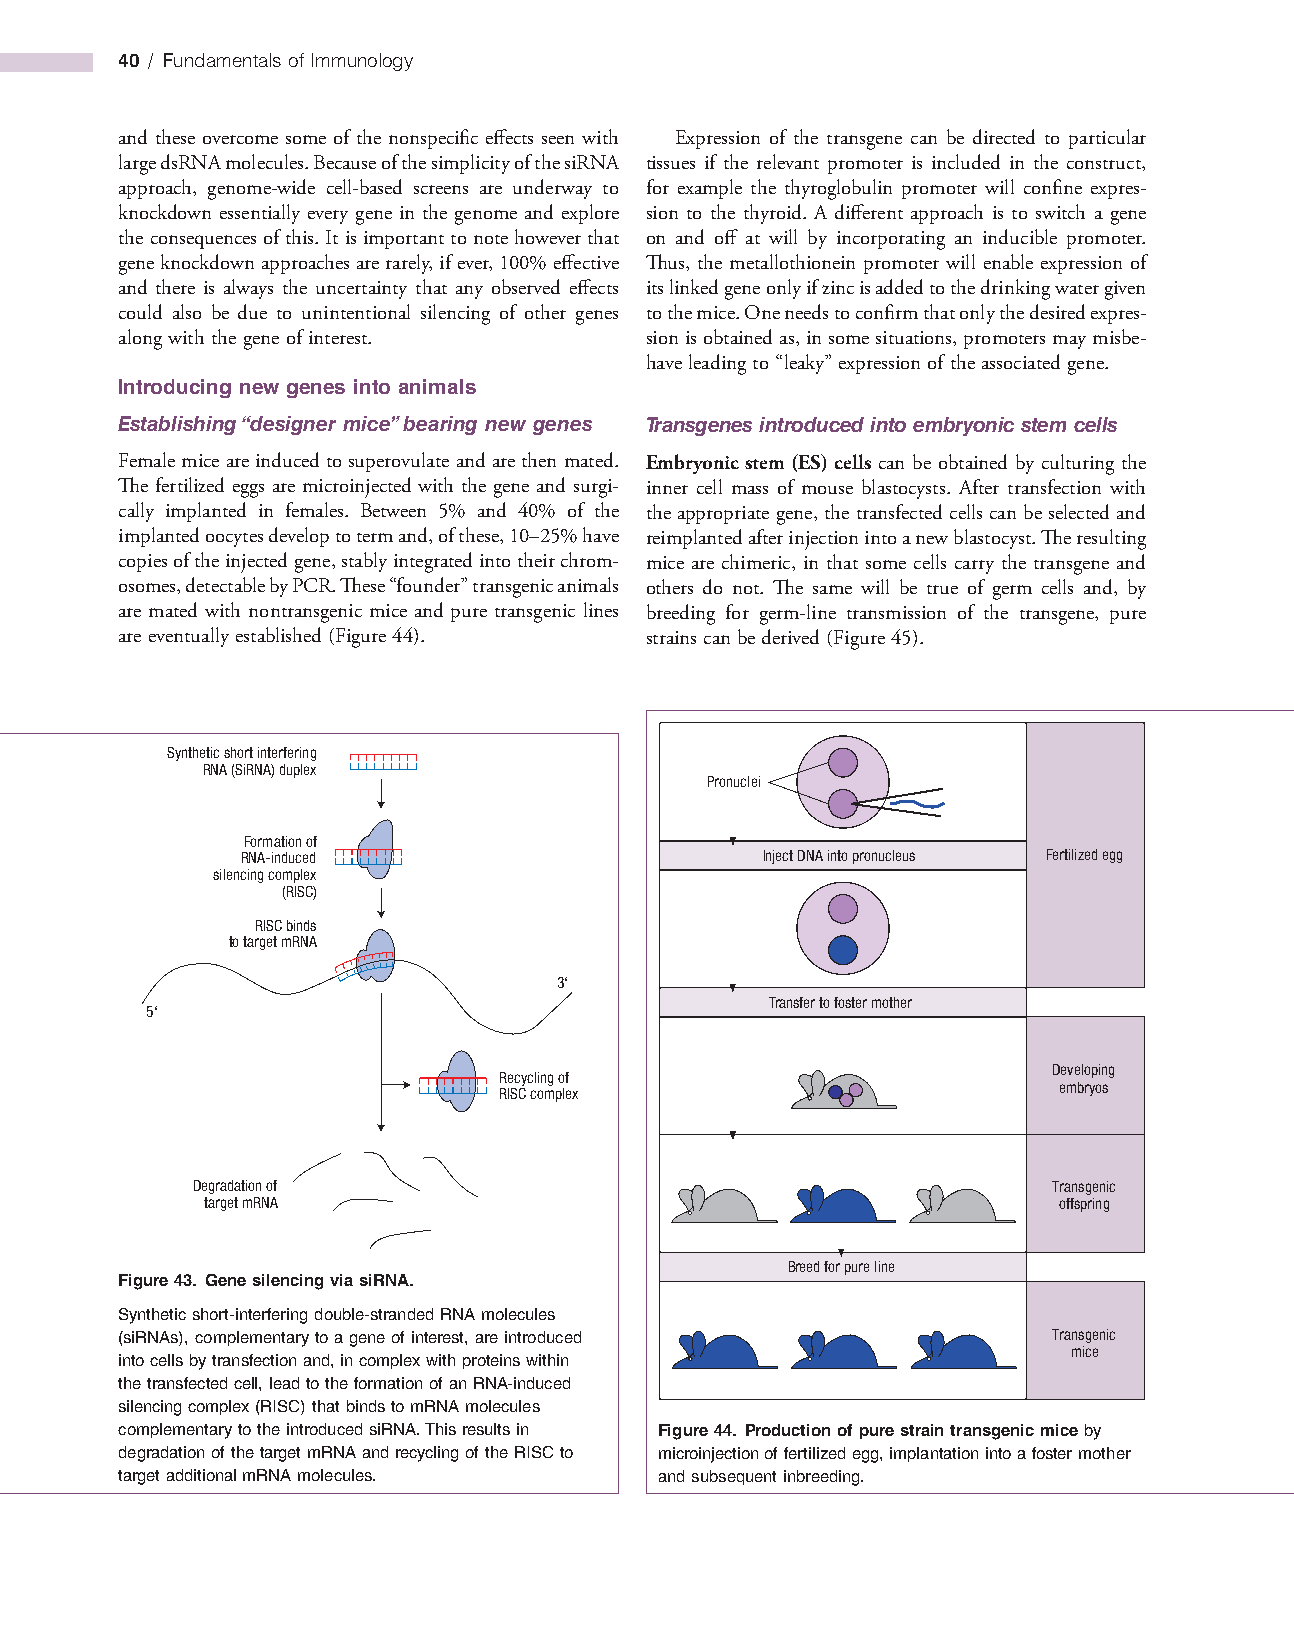
40 / Fundamentals of Immunology
 and these overcome some of the nonspecific effects seen with Expression of the transgene can be directed to particular
 large dsRNA molecules. Because of the simplicity of the siRNA tissues if the relevant promoter is included in the construct,
 approach, genome­wide cell­based screens are underway to for example the thyroglobulin promoter will confine expres­
 knockdown essentially every gene in the genome and explore sion to the thyroid. A different approach is to switch a gene
 the consequences of this. It is important to note however that on and off at will by incorporating an inducible promoter.
 gene knockdown approaches are rarely, if ever, 100% effective Thus, the metallothionein promoter will enable expression of
 and there is always the uncertainty that any observed effects its linked gene only if zinc is added to the drinking water given
 could also be due to unintentional silencing of other genes to the mice. One needs to confirm that only the desired expres­
 along with the gene of interest.   sion is obtained as, in some situations, promoters may misbe­
 have leading to “leaky” expression of the associated gene.
 Introducing new genes into animals
 Establishing “designer mice” bearing new genes Transgenes introduced into embryonic stem cells
 Female mice are induced to superovulate and are then mated. Embryonic stem (ES) cells can be obtained by culturing the
 The fertilized eggs are microinjected with the gene and surgi­ inner cell mass of mouse blastocysts. After transfection with
 cally implanted in females. Between 5% and 40% of the the appropriate gene, the transfected cells can be selected and
 implanted oocytes develop to term and, of these, 10–25% have reimplanted after injection into a new blastocyst. The resulting
 copies of the injected gene, stably integrated into their chrom­ mice are chimeric, in that some cells carry the transgene and
 osomes, detectable by PCR. These “founder” transgenic animals others do not. The same will be true of germ cells and, by
 are mated with nontransgenic mice and pure transgenic lines breeding for germ­line transmission of the transgene, pure
 are eventually established (Figure 44). strains can be derived (Figure 45).
 Synthetic short interfering
 RNA (SiRNA) duplex
 Pronuclei
 Formation of
 RNA-induced                       Inject DNA into pronucleus Fertilized egg
 silencing complex
 (RISC)
 RISC binds
 to target mRNA
 3‘
 Transfer to foster mother
 5‘
 Developing
 Recycling of
 embryos
 RISC complex
 Degradation of                                           Transgenic
 target mRNA                                              offspring
 Breed for pure line
 Figure 43. Gene silencing via siRNA.
 Synthetic short-interfering double-stranded RNA molecules
 (siRNAs), complementary to a gene of interest, are introduced Transgenic
 mice
 into cells by transfection and, in complex with proteins within
 the transfected cell, lead to the formation of an RNA-induced
 silencing complex (RISC) that binds to mRNA molecules
 complementary to the introduced siRNA. This results in Figure 44. Production of pure strain transgenic mice by
 degradation of the target mRNA and recycling of the RISC to microinjection of fertilized egg, implantation into a foster mother
 target additional mRNA molecules.   and subsequent inbreeding.